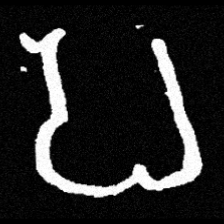
Pyu character \u2014 Myanmar letter: ပ (romanized: pa)